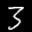
Label: 3